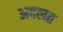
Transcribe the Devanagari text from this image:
अदलत